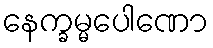
နေက္ခမ္မပေါဏော